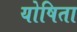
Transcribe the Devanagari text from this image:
योषिता